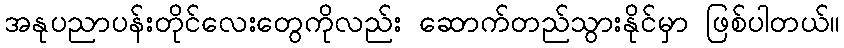
အနုပညာပန်းတိုင်လေးတွေကိုလည်း ဆောက်တည်သွားနိုင်မှာ ဖြစ်ပါတယ်။